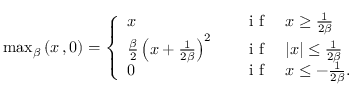
\begin{array} { r } { \operatorname* { m a x } _ { \beta } \left( x \, , 0 \right) = \left\{ \begin{array} { l l } { x } & { \quad \mathrm { ~ i ~ f ~ } \quad x \ge \frac { 1 } { 2 \beta } } \\ { \frac { \beta } { 2 } \left( x + \frac { 1 } { 2 \beta } \right) ^ { 2 } } & { \quad \mathrm { ~ i ~ f ~ } \quad | x | \le \frac { 1 } { 2 \beta } } \\ { 0 } & { \quad \mathrm { ~ i ~ f ~ } \quad x \le - \frac { 1 } { 2 \beta } . } \end{array} \right. } \end{array}